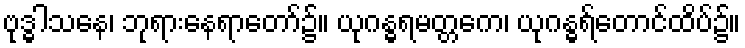
ဗုဒ္ဓါသနေ၊ ဘုရားနေရာတော်၌။ ယုဂန္ဓရမတ္တကေ၊ ယုဂန္ဓရ်တောင်ထိပ်၌။